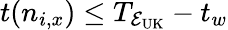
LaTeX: t(n_{i,x})\leq T_{\mathcal{E_{\mathrm{UK}}}}-t_{w}